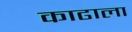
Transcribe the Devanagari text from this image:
काढाला